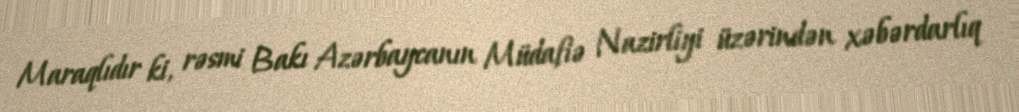
Maraqlıdır ki, rəsmi Bakı Azərbaycanın Müdafiə Nazirliyi üzərindən xəbərdarlıq